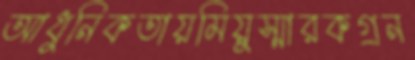
আধুনিকতায়মিয়ুস্মারকগ্রন